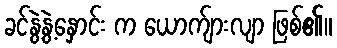
ခင်နွဲ့နွဲ့နှောင်း က ယောက်ျားလျာ ဖြစ်၏။